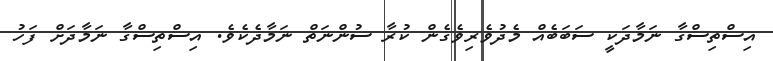
އިސްތިސްގާ ނަމާދަކީ ސަބަބެއް މެދުވެރިވެގެން ކުރާ ސުންނަތް ނަމާދެކެވެ. އިސްތިސްގާ ނަމާދަށް ފަހު